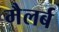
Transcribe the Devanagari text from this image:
मैलर्ब